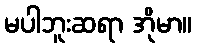
မပါဘူးဆရာ အိုမာ။